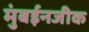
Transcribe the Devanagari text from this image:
मुंबईनजीक